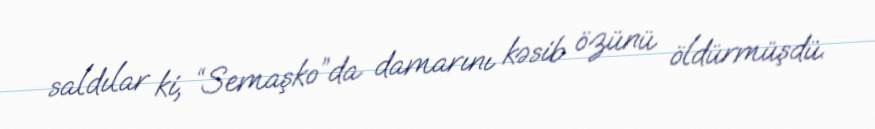
saldılar ki, “Semaşko”da damarını kəsib özünü öldürmüşdü.